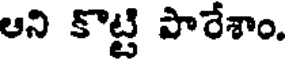
ఆని కొట్టి పారేశాం.